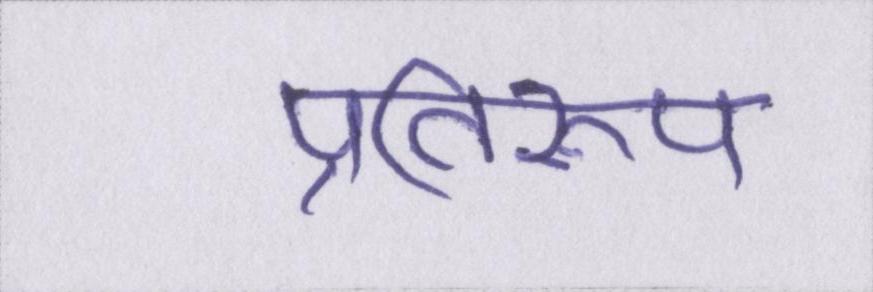
प्रतिरूप